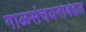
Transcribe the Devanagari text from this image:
गाळसंचयनाबद्दल